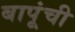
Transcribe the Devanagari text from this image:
बापूंची